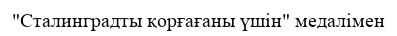
"Сталинградты қорғағаны үшін" медалімен